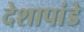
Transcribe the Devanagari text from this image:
देशापांडे